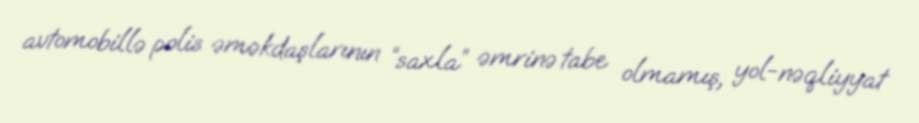
avtomobillə polis əməkdaşlarının “saxla” əmrinə tabe olmamış, yol-nəqliyyat